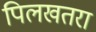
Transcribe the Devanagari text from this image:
पिलखतरा